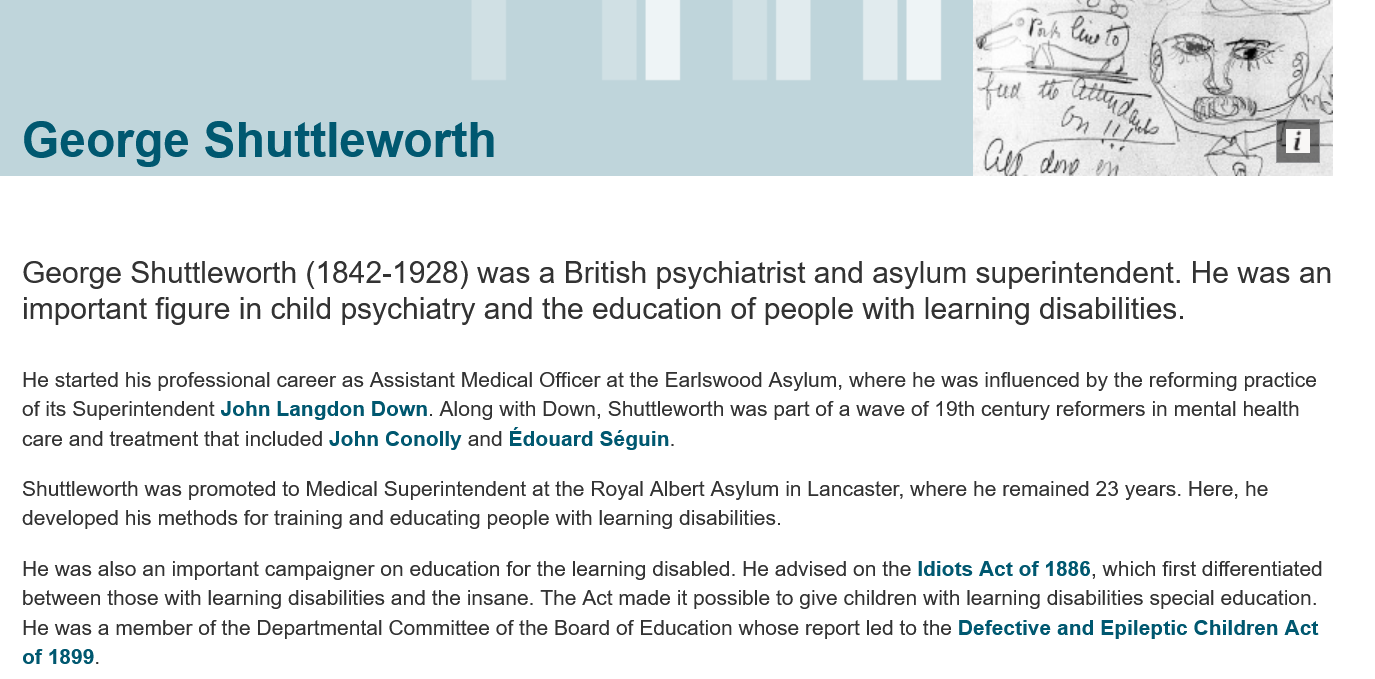
George    Shuttleworth
   George    Shuttleworth    (1842-1928)    was   a  British  psychiatrist   and  asylum    superintendent.    He  was   an
   important  figure    in child psychiatry    and  the  education    of people   with  learning   disabilities.
   He started his professional career as Assistant Medical Officer at the Earlswood Asylum, where he was influenced by the reforming practice
   of its Superintendent John Langdon Down. Along with Down, Shuttleworth was part of a wave of 19th century reformers in mental health
   care and treatment that included John Conolly and Edouard Séguin.
   Shuttleworth was promoted to Medical Superintendent at the Royal Albert Asylum in Lancaster, where he remained 23 years. Here, he
   developed his methods for training and educating people with learning disabilities.
   He was also an important campaigner on education for the learning disabled. He advised on the Idiots Act of 1886, which first differentiated
   between those with learning disabilities and the insane. The Act made it possible to give children with learning disabilities special education.
   He was a member of the Departmental Committee of the Board of Education whose report led to the Defective and Epileptic Children Act
   of 1899.